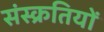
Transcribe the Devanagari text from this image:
संस्क्रतियों